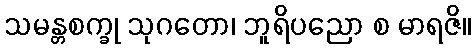
သမန္တစက္ခု သုဂတော၊ ဘူရိပညော စ မာရဇိ။